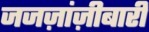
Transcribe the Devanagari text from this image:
जजज़ांज़ीबारी